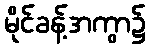
မိုင်ခန့်အကွာ၌